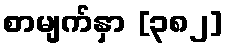
စာမျက်နှာ [၃၈၂]